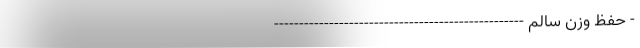
- حفظ وزن سالم --------------------------------------------------